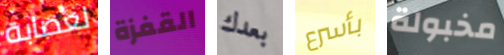
لعصابة القفزة بعدك بأسرع مخبولة